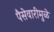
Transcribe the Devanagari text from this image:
पैसेवारीमुळे